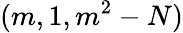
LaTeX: (m,1,m^{2}-N)